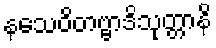
နသေဝိတဗ္ဗာဒိသုတ္တာနိ